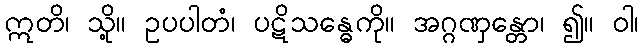
ဣတိ၊ သို့။ ဥပပါတံ၊ ပဋိသန္ဓေကို။ အဂ္ဂဏှန္တော၊ ၍။ ဝါ၊